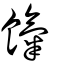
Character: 餼